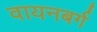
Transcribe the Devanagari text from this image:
वायनबर्ग